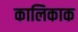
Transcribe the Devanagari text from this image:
कालिकाक